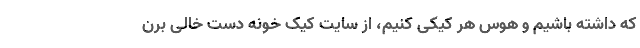
که داشته باشیم و هوس هر کیکی کنیم، از سایت کیک خونه دست‌ خالی برن